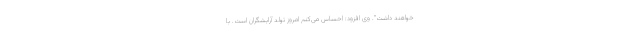
خواهند داشت". وی افزود: احساس می‌کنم امروز تولد آرایشگران است. با